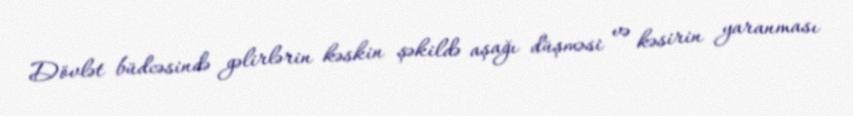
Dövlət büdcəsində gəlirlərin kəskin şəkildə aşağı düşməsi və kəsirin yaranması